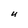
Character: U